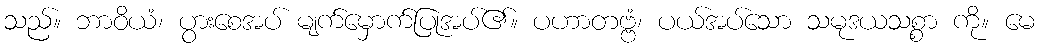
သည်။ ဘာဝိယံ၊ ပွားစေအပ် မျက်မှောက်ပြုအပ်၏။ ပဟာတဗ္ဗံ၊ ပယ်အပ်သော သမုဒယသစ္စာ ကို။ မေ